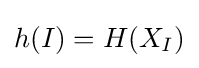
h(I)=H(X_{I})